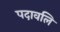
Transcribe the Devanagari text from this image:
पदावलि